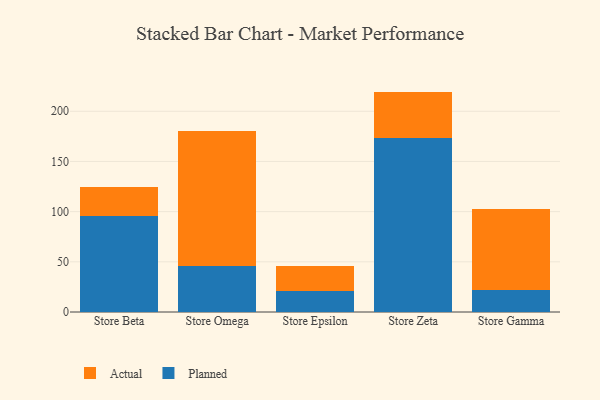
{"axis": {"x": "Store", "y": "Customer Acquisition Cost (USD)"}, "legend": ["Actual", "Planned"], "data": [{"x": "Store Beta", "y": 95.7, "type": "Planned"}, {"x": "Store Beta", "y": 28.5, "type": "Actual"}, {"x": "Store Omega", "y": 45.7, "type": "Planned"}, {"x": "Store Omega", "y": 135.0, "type": "Actual"}, {"x": "Store Epsilon", "y": 21.0, "type": "Planned"}, {"x": "Store Epsilon", "y": 24.4, "type": "Actual"}, {"x": "Store Zeta", "y": 173.2, "type": "Planned"}, {"x": "Store Zeta", "y": 46.4, "type": "Actual"}, {"x": "Store Gamma", "y": 21.8, "type": "Planned"}, {"x": "Store Gamma", "y": 81.1, "type": "Actual"}]}